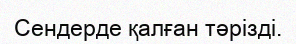
Сендерде қалған тәрізді.